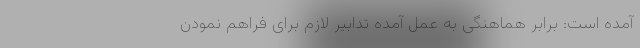
آمده است: برابر هماهنگی به­ عمل آمده تدابیر لازم برای فراهم نمودن